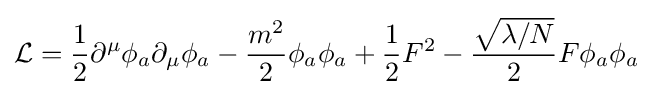
{\mathcal {L}}={1 \over 2}\partial ^{\mu }\phi _{a}\partial _{\mu }\phi _{a}-{m^{2} \over 2}\phi _{a}\phi _{a}+{1 \over 2}F^{2}-{{\sqrt {\lambda /N}} \over 2}F\phi _{a}\phi _{a}